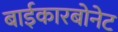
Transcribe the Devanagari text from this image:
बाईकारबोनेट